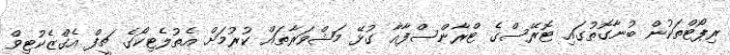
ރިޕޯޓްތަކުން ބުނާގޮތުގައި ޓޮރޭސްގެ ޓްރާންސްފާއާ ގުޅޭ މަޝްވަރާތައް ކުރުމަށް އެތުލެޓިކޯގެ ޗީފް އެގްޒެކުޓިވް